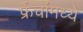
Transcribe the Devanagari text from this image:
फ्रेंचांमध्ये